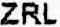
ZRL